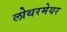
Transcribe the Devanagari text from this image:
लोथरमेयर